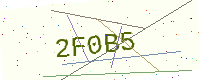
Text: 2F0B5